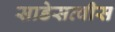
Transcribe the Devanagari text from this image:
साडेसव्वीस